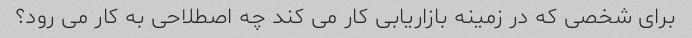
برای شخصی که در زمینه بازاریابی کار می کند چه اصطلاحی به کار می رود؟